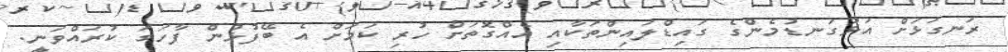
ރަނގަޅަށް އަޅުގަނޑުމެންގެ ގައިޑްލައިންތަކާއި އެއްގޮތަށް ހުރި ކަމަށް އެ ބޭފުޅުން ފާހަގަ ކުރައްވަނީ.